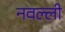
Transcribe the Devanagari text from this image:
नवल्ली